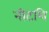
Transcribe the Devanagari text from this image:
नीटशि